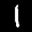
Label: 1